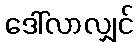
ဒေါ်လာလျှင်